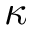
\kappa